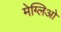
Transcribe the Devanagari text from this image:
मेग्लिओ